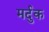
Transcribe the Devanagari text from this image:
मर्दुक